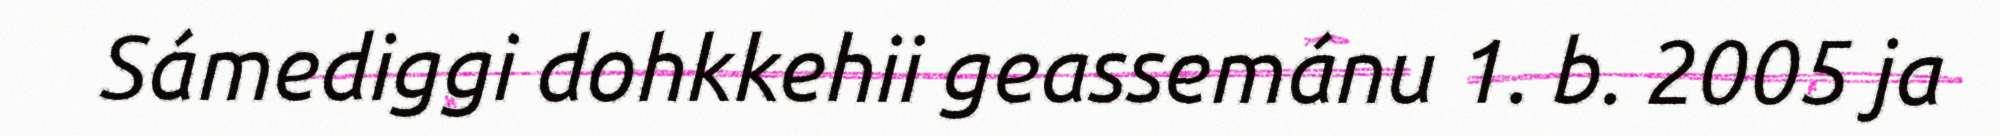
Sámediggi dohkkehii geassemánu 1. b. 2005 ja